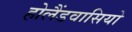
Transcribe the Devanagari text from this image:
होलैंडवासियो